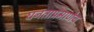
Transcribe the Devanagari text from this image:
घनताप्रमाणेच